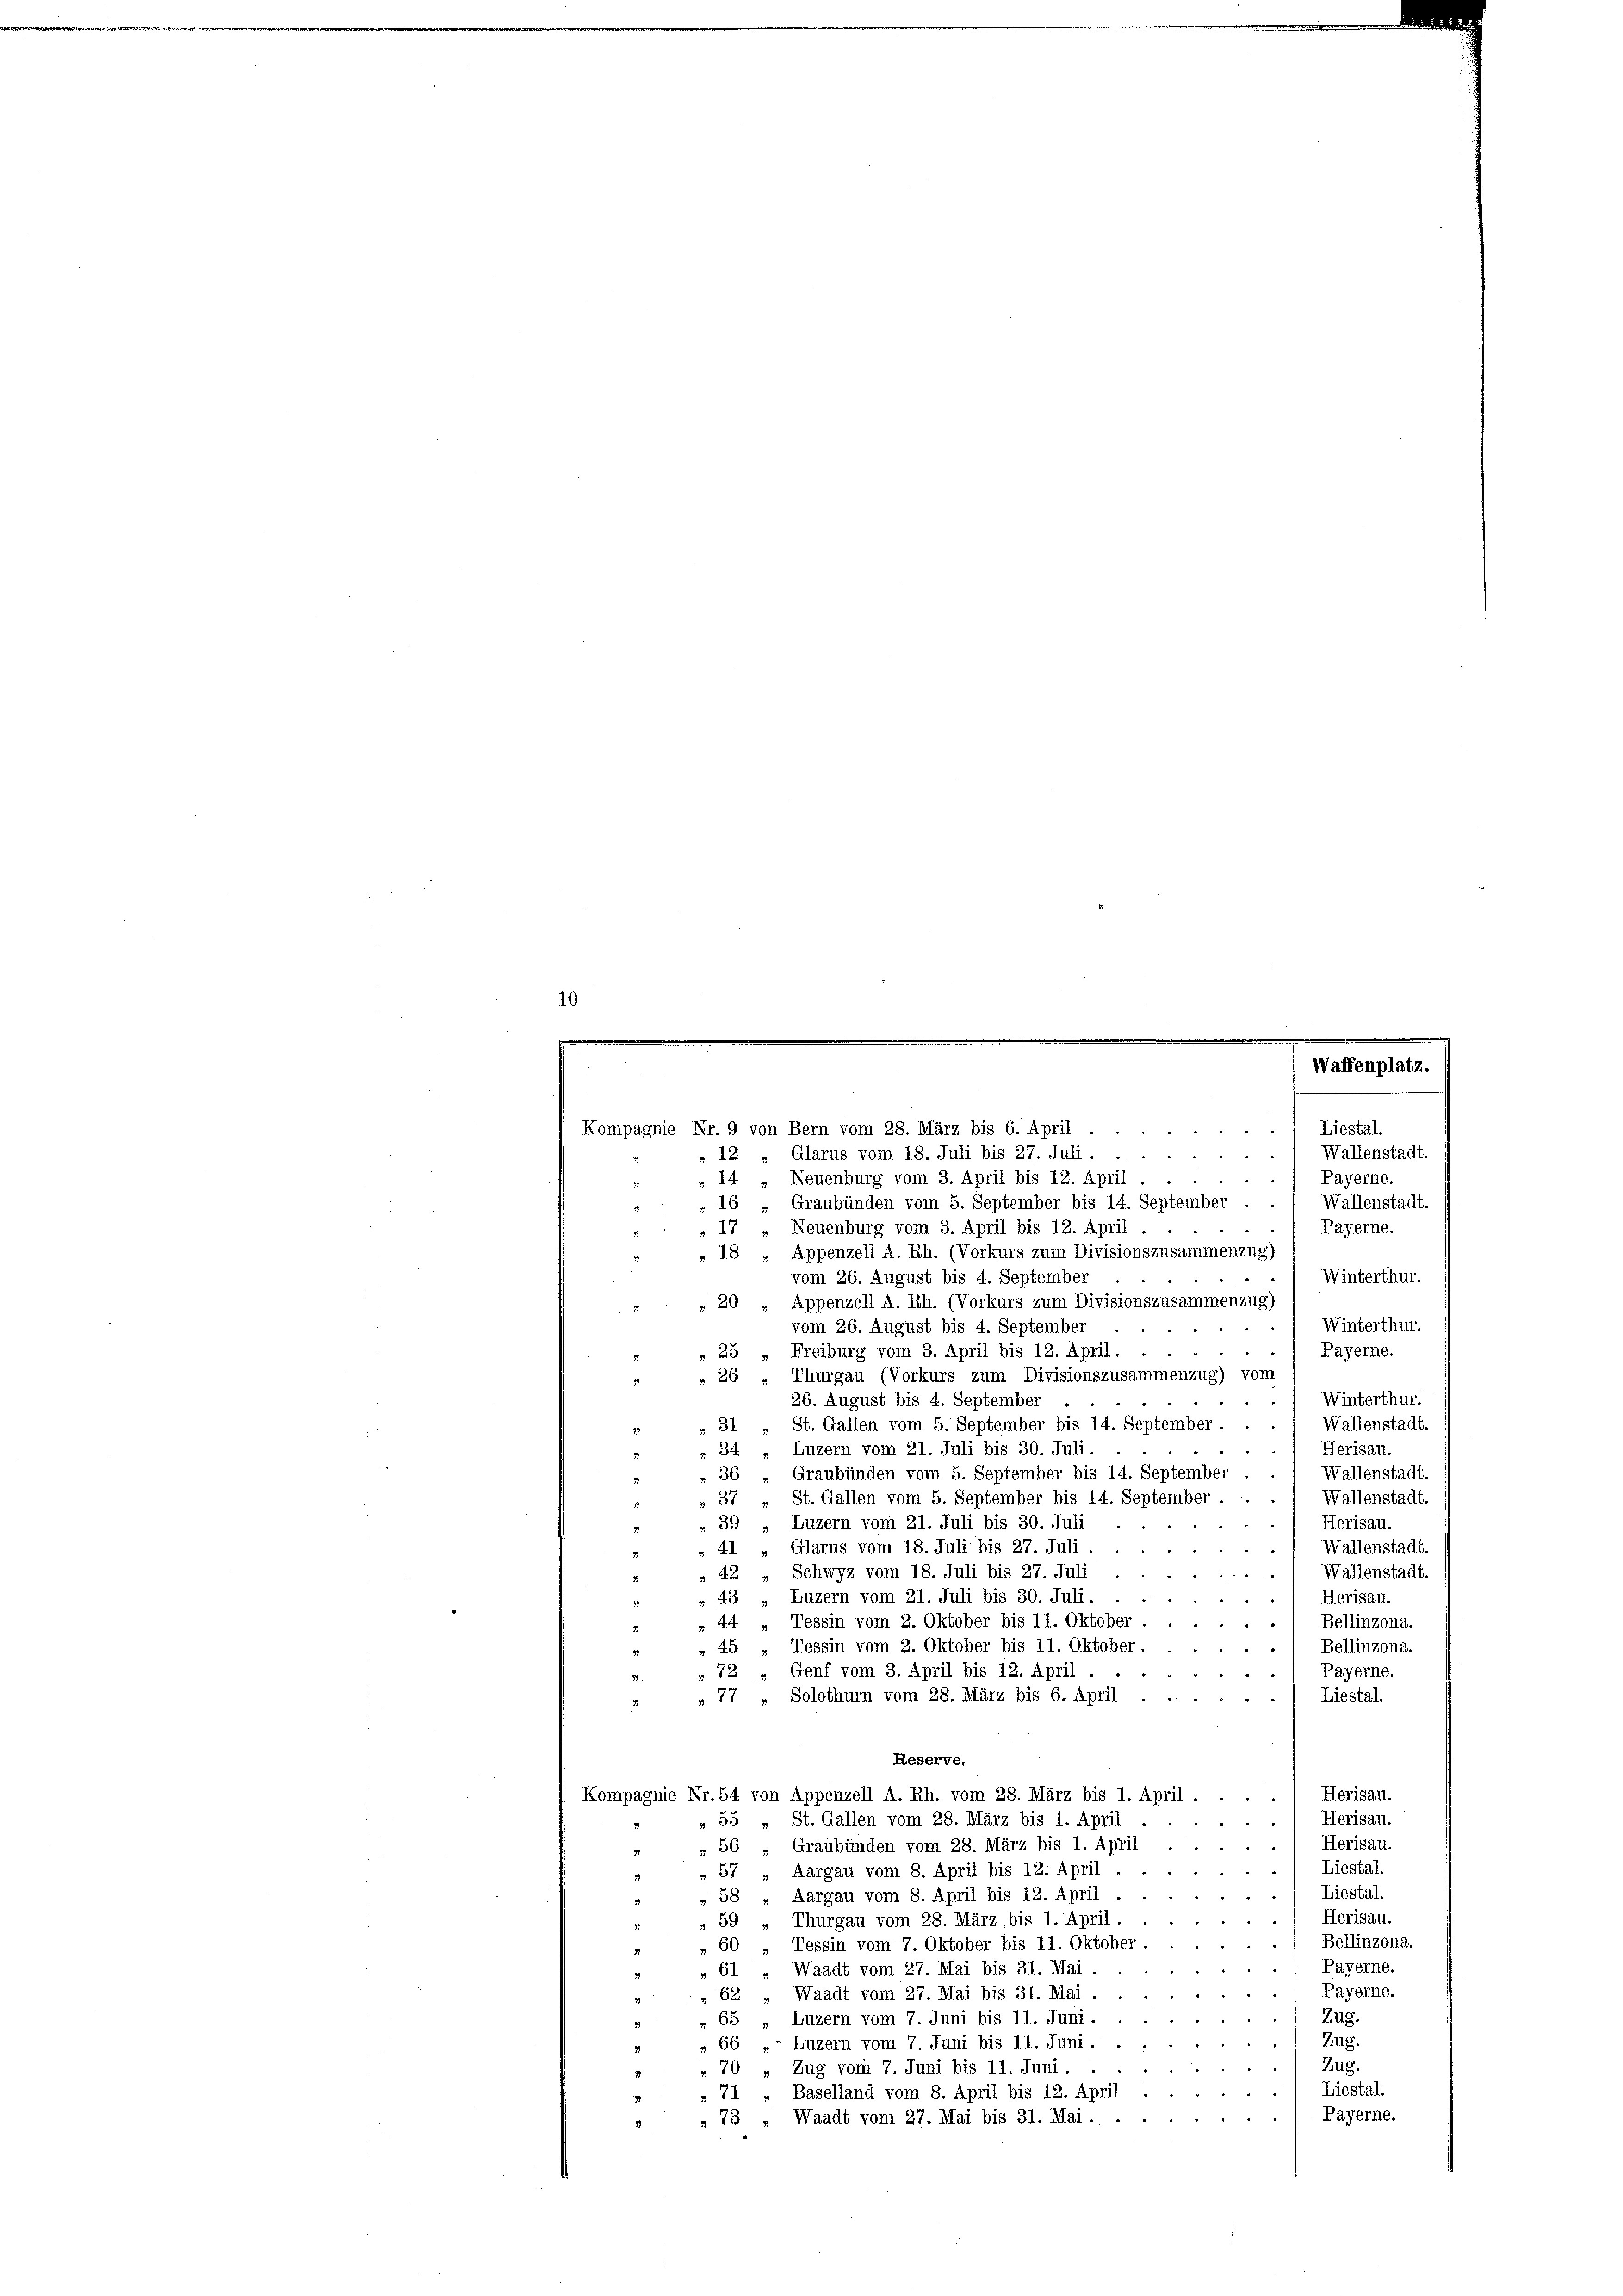
10

e
Waffenplatz.
. Liestal.

Kompagnie Nr. 9 von Bern vom 28. März bis 6. April . .
 Wallenstadt.
Glarus vom 18. Juli bis 27. Juli.
12
Payerne.
Neuenburg vom 3. April bis 12. April . .
14
16
Graubünden vom 5. September bis 14. September . . / Wallenstadt.
Payerne.
Neuenburg vom 3. April bis 12. April.
Appenzell A. Rh. (Vorkurs zum Divisionszusammenzug)
18
Winterthur.
vom 26. August bis 4. September
Appenzell A. Rh. (Vorkurs zum Divisionszusammenzug)
20
Winterthur.
vom 26. August bis 4. September
Payerne.
d
Freiburg vom 3. April bis 12. April.
25
» 26 „ Thurgau (Vorkurs zum Divisionszusammenzug) vom
Winterthur.
26. August bis 4. September
Wallenstadt
St. Gallen vom 5. September bis 14. September . . .
31
Herisau.
34. „ Luzern vom 21. Juli bis 30. Juli.
Graubünden vom 5. September bis 14. September . . / Wallenstadt.
36
Wallenstadt.
St. Gallen vom 5. September bis 14. September.
37
Herisau.
Luzern vom 21. Juli bis 30. Juli
39
Wallenstadt.
41 „ Glarus vom 18. Juli bis 27. Juli.
Wallenstadt
42 " Schwyz vom 18. Juli bis 27. Juli
Luzern vom 21. Juli bis 30. Juli.
Herisau.
43
Bellinzona.
44 „ Tessin vom 2. Oktober bis 11. Oktober
Bellinzona.
Tessin vom 2. Oktober bis 11. Oktober.
45
Genf vom 3. April bis 12. April.
Payerne.
72
Solothurn vom 28. März bis 6. April
Liestal.
77
Reserve.
Herisau.
Kompagnie Nr. 54 von Appenzell A. Rh. vom 28. März bis 1. April.
.
Herisau.
55 „ St. Gallen vom 28. März bis 1. April
Herisau.
Graubünden vom 28. März bis 1. April
56
Liestal.
Aargau vom 8. April bis 12. April .
¬
57
. Liestal.
Aargau vom 8. April bis 12. April
58
Herisau.
Thurgau vom 28. März bis 1. April.
59
1 Bellinzona.
Tessin vom 7. Oktober bis 11. Oktober.
60
Payerne.
Waadt vom 27. Mai bis 31. Mai.
61
. Payerne.
Waadt vom 27. Mai bis 31. Mai .
62
Zug.
65 „Luzern vom 7. Juni bis 11. Juni.
Zug.
Luzern vom 7. Juni bis 11. Juni.
66
Zug.
70
Zug vom 7. Juni bis 11. Juni . .
Liestal.
Baselland vom 8. April bis 12. April
71
Payerne.
» 73 „Waadt vom 27. Mai bis 31. Mai . . .
3